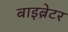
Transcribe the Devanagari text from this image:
बाइब्रेटर